Annual returns of the Patna Lunatic Asylum at Bankipore in Bihar and Orissa - 1912-1924
Year: 1912
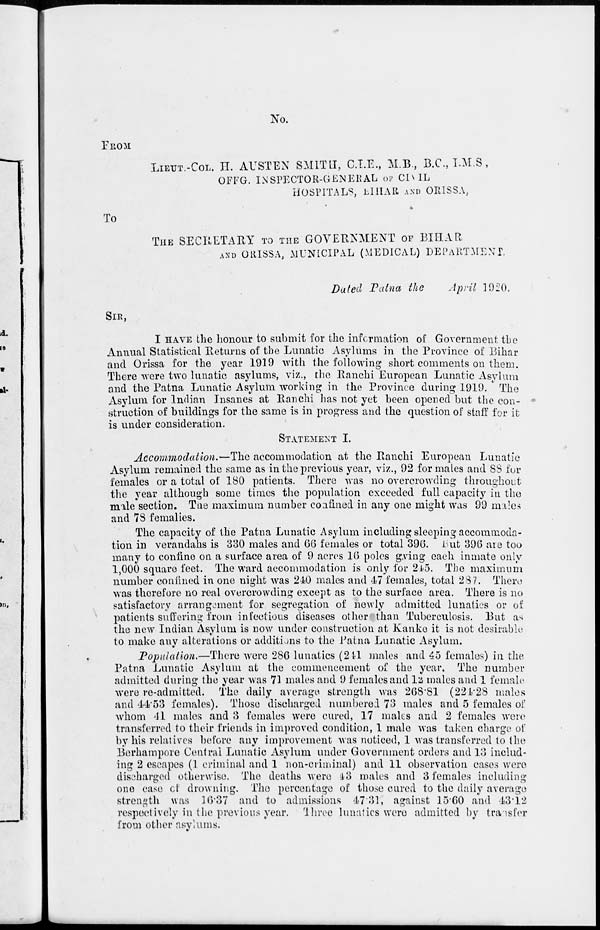
No.
FROM
LIEUT.-COL H. AUSTEN SMITH, C.I.E., M.B., B.C., I.M.S,
OFFG. INSPECTOR-GENERAL OF CIVIL
HOSPITALS, BIHAR AND ORISSA,
To
THE SECRETARY TO THE GOVERNMENT OF BIHAR
AND ORISSA, MUNICIPAL (MEDICAL) DEPARTMENT.
Dated Patna the
April 1920.
SIR,
I HAVE the honour to submit for the information of Government the
Annual Statistical Returns of the Lunatic Asylums in the Province of Bihar
and Orissa for the year 1919 with the following short comments on them.
There were two lunatic asylums, viz., the Ranchi European Lunatic Asylum
and the Patna Lunatic Asylum working in the Province during 1919. The
Asylum for Indian Insanes at Ranchi has not yet been opened but the con-
struction of buildings for the same is in progress and the question of staff for it
is under consideration.
STATEMENT I.
Accommodation.—The accommodation at the Ranchi European Lunatic
Asylum remained the same as in the previous year, viz., 92 for males and 88 for
females or a total of 180 patients. There was no overcrowding throughout
the year although some times the population exceeded full capacity in the
male section. The maximum number confined in any one might was 99 males
and 78 females.
The capacity of the Patna Lunatic Asylum including sleeping accommoda-
tion in verandahs is 330 males and 66 females or total 396. But 396 are too
many to confine on a surface area of 9 acres 16 poles giving each inmate only
1,000 square feet. The ward accommodation is only for 245. The maximum
number confined in one night was 240 males and 47 females, total 287. There
was therefore no real overcrowding except as to the surface area. There is no
satisfactory arrangement for segregation of newly admitted lunatics or of
patients suffering from infectious diseases other than Tuberculosis. But as
the new Indian Asylum is now under construction at Kanke it is not desirable
to make any alterations or additions to the Patna Lunatic Asylum.
Population.—There were 286 lunatics (241 males and 45 females) in the
Patna Lunatic Asylum at the commencement of the year. The number
admitted during the year was 71 males and 9 females and 12 males and 1 female
were re-admitted. The daily average strength was 268.81 (224.28 males
and 44.53 females). Those discharged numbered 73 males and 5 females of
whom 41 males and 3 females were cured, 17 males and 2 females were
transferred to their friends in improved condition, 1 male was taken charge of
by his relatives before any improvement was noticed, 1 was transferred to the
Berhampore Central Lunatic Asylum under Government orders and 13 includ-
ing 2 escapes (1 criminal and 1 non-criminal) and 11 observation cases were
discharged otherwise. The deaths were 43 males and 3 females including
one case of drowning. The percentage of those cured to the daily average
strength was 16.37 and to admissions 47.31, against 15.60 and 43.12
respectively in the previous year. Three lunatics were admitted by transfer
from other asylums.